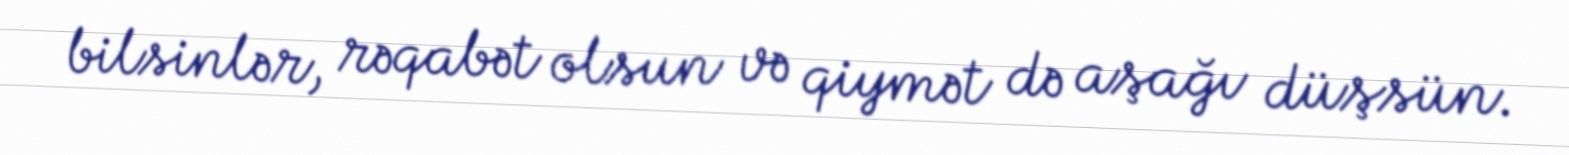
bilsinlər, rəqabət olsun və qiymət də aşağı düşsün.